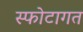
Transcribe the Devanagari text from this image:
स्फोटागत